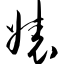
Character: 婊